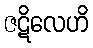
ဇဋိလေဟိ